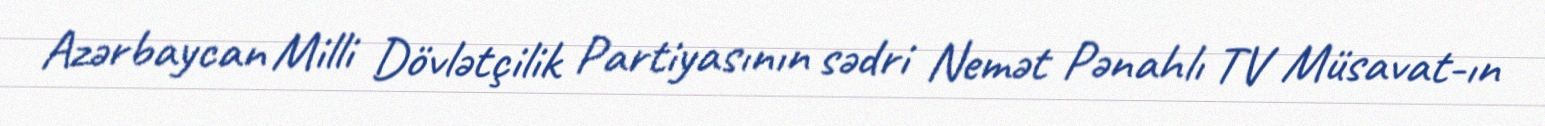
Azərbaycan Milli Dövlətçilik Partiyasının sədri Nemət Pənahlı TV Müsavat-ın